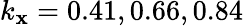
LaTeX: k_{\mathbf{x}}=0.41,0.66,0.84